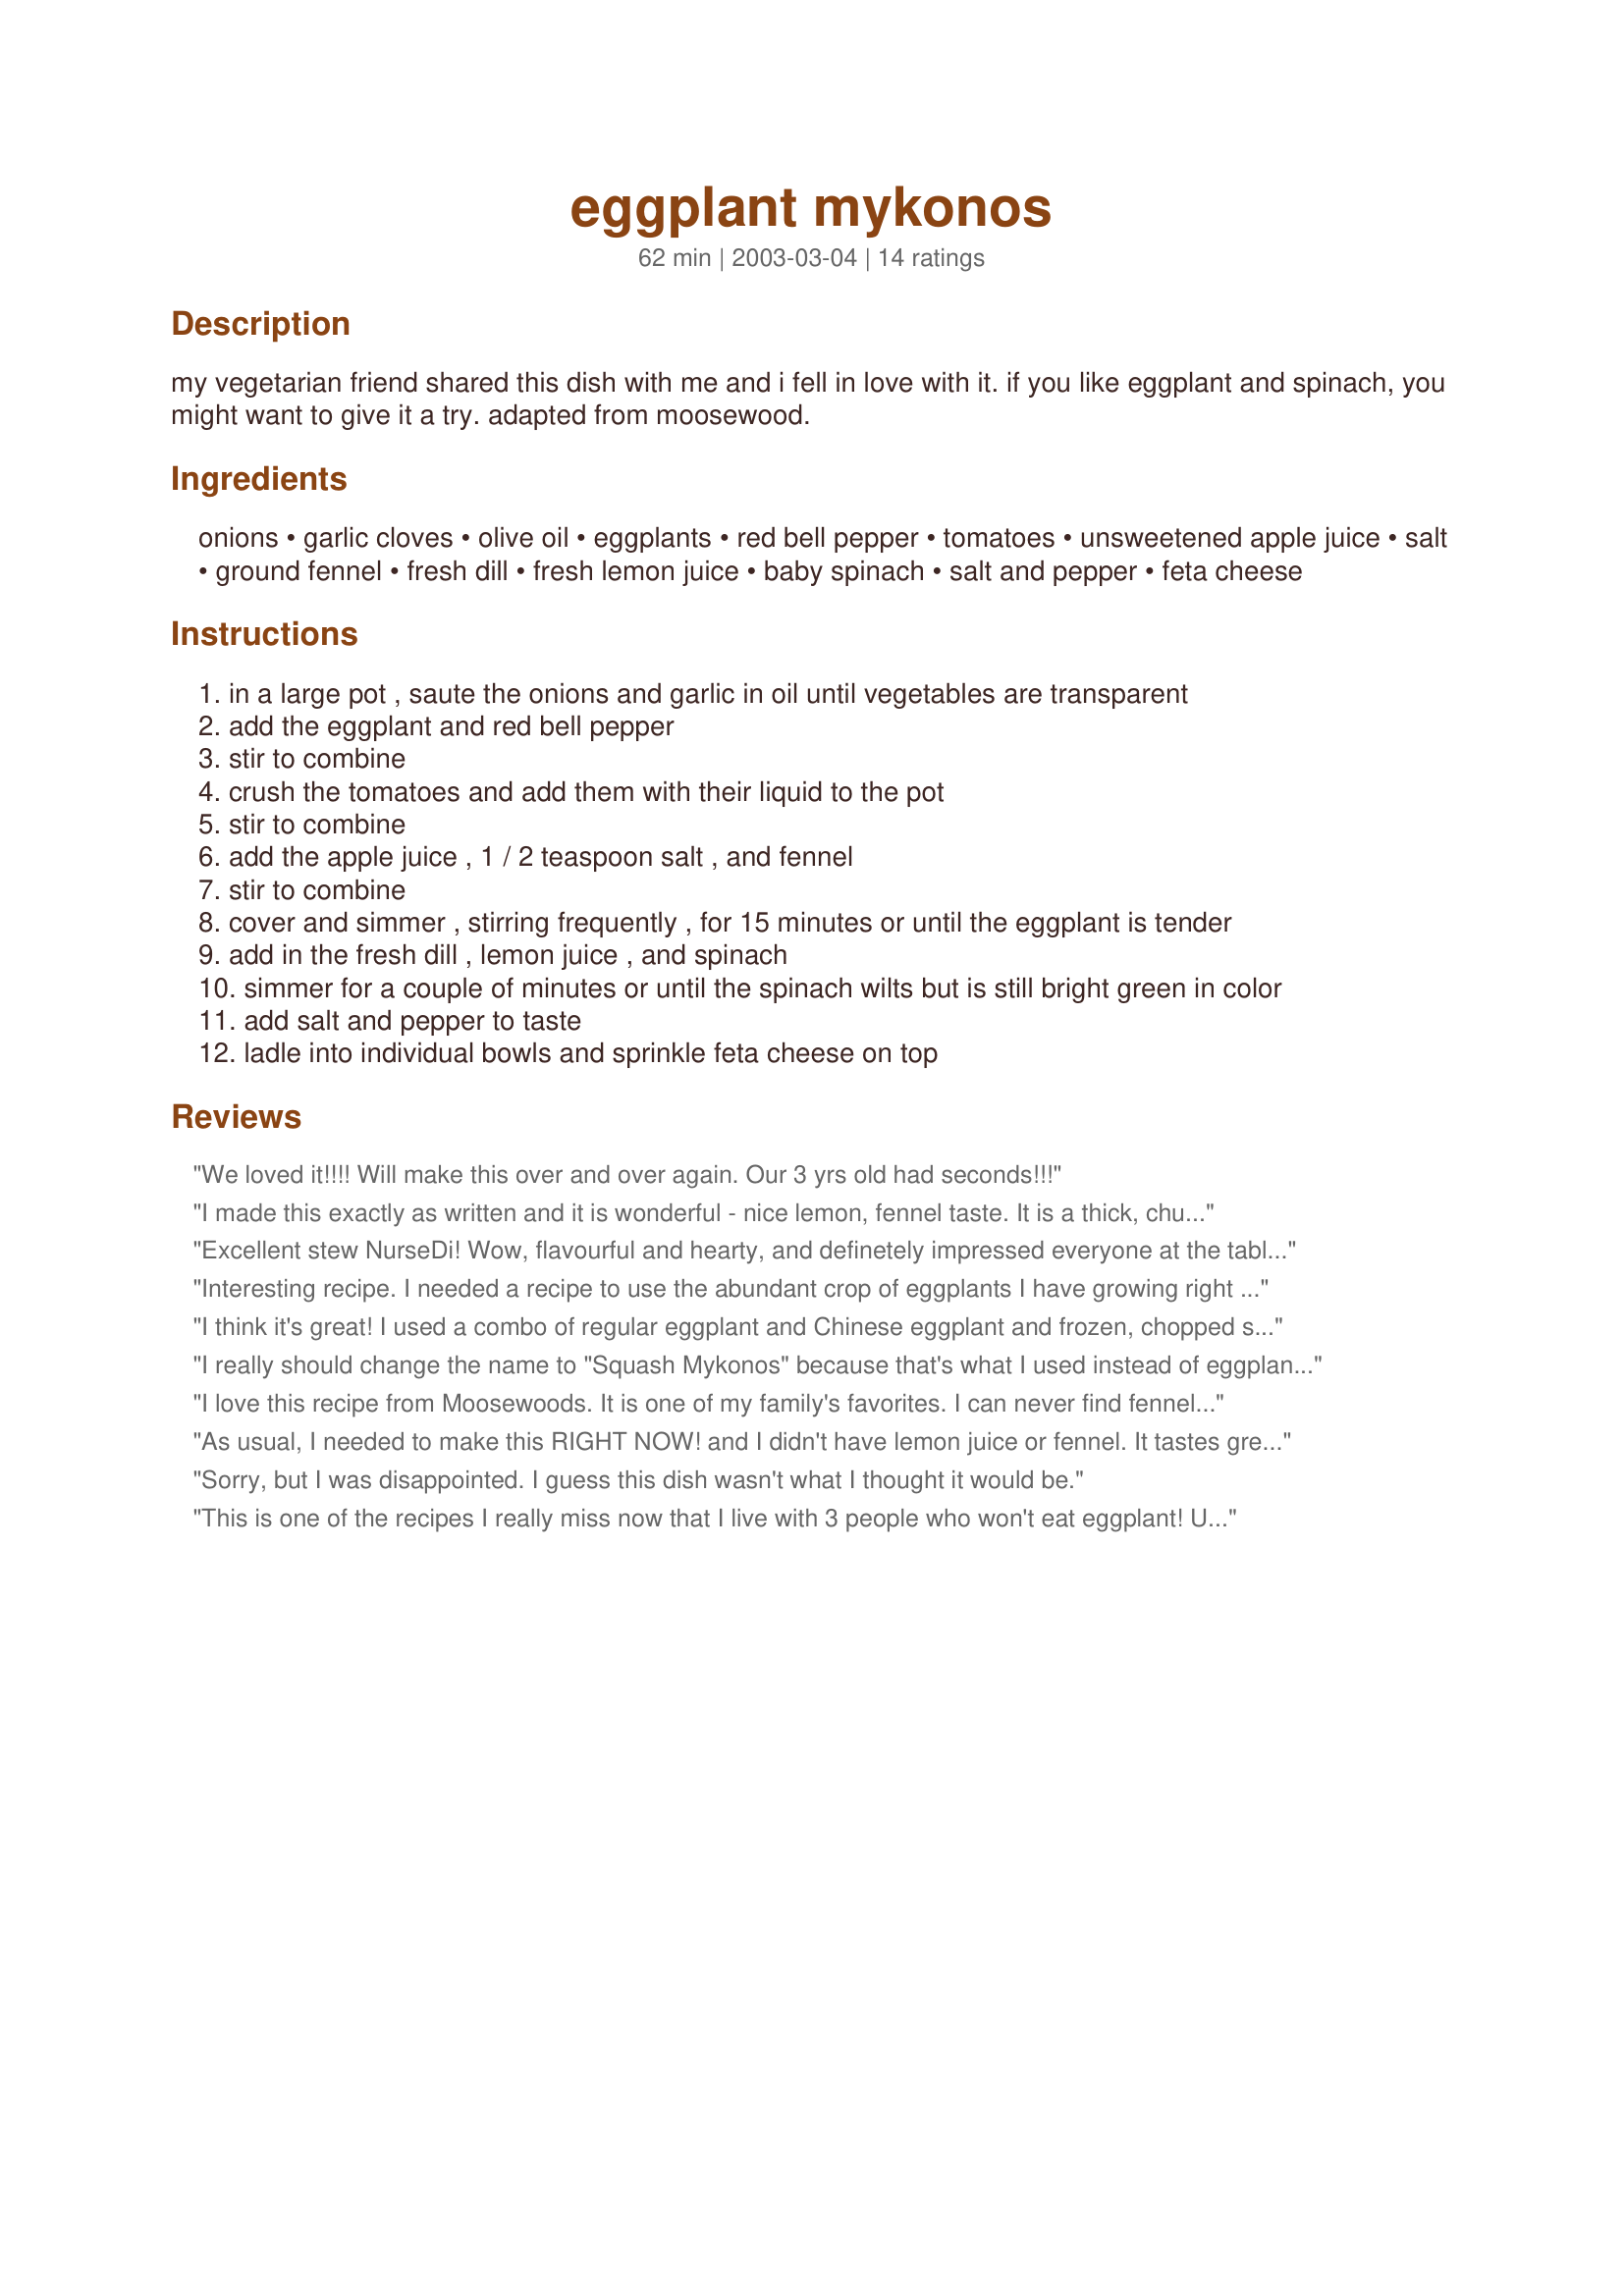
eggplant mykonos
Preparation time: 62 minutes

my vegetarian friend shared this dish with me and i fell in love with it. if you like eggplant and spinach, you might want to give it a try. adapted from moosewood.

Ingredients:
onions, garlic cloves, olive oil, eggplants, red bell pepper, tomatoes, unsweetened apple juice, salt, ground fennel, fresh dill, fresh lemon juice, baby spinach, salt and pepper, feta cheese

Steps:
in a large pot , saute the onions and garlic in oil until vegetables are transparent
add the eggplant and red bell pepper
stir to combine
crush the tomatoes and add them with their liquid to the pot
stir to combine
add the apple juice , 1 / 2 teaspoon salt , and fennel
stir to combine
cover and simmer , stirring frequently , for 15 minutes or until the eggplant is tender
add in the fresh dill , lemon juice , and spinach
simmer for a couple of minutes or until the spinach wilts but is still bright green in color
add salt and pepper to taste
ladle into individual bowls and sprinkle feta cheese on top

Reviews:
We loved it!!!!
Will make this over and over again. Our 3 yrs old had seconds!!!
I made this exactly as written and it is wonderful - nice lemon, fennel taste. It is a thick, chunky stew. It looks like there isn't much liquid but the recipe works out just fine. I take it to work for lunch. Very filling and healthy.
Excellent stew NurseDi! Wow, flavourful and hearty, and definetely impressed everyone at the table. I added more stock during the cooking process, mainly becuase the eggplant soaked up all the juices and the peppers were still crispy. Some guests didn't like the addition of Feta (perhaps I had already seasoned enough). If I hadn't added more stock, this would be thick and flavour enough to serve as stew. mmmm....I think this would be scrumptious meal on its own with biscuits on the side. I am so glad I tried this!
Interesting recipe. I needed a recipe to use the abundant crop of eggplants I have growing right now. I happen to love eggplant but my husband doesn't. Surprise! He actually ate this stew. He said it's not his favorite, but he would eat it again. Anyway I made some changes to the recipe. First I used 28 oz of home grown cherry tomatoes instead of canned and added an extra 1/2 cup of apple juice because the soup was getting a bit too thick after adding the spinach. I wasn't sure I would like the sour taste of the lemon juice coming through, but it grew on me quite quickly, and now I think it is perfect for this recipe. I also eliminated the fennel because I hate fennel. I think the one thing I would do next time I make this, is completely eliminate the dill. It really seemed out of place and didn't blend with the other flavors, even after having had a change to meld with all the ingredients after a day. Other than that, I will try this recipe again and see how not including the dill will help. Also maybe using larger tomatoes next time instead of cherry tomatoes.
I think it's great! I used a combo of regular eggplant and Chinese eggplant and frozen, chopped spinach. It is colorful and tasty! Thanks.
I really should change the name to "Squash Mykonos" because that's what I used instead of eggplant. I was searching for an eggplant recipe and thought this looked delicious. I didn't have enough eggplant so I substituted yellow squash. Everything else was the same and, man, was it delicious! So thanks for the recipe even with the changes!
I love this recipe from Moosewoods. It is one of my family's favorites. I can never find fennel, so I just omit it. It still tastes good.
As usual, I needed to make this RIGHT NOW! and I didn't have lemon juice or fennel. It tastes great without those ingredients, even Picky Miss 7 ate it! I need to go out and buy more eggplants, and some lemon juice and fennel and make it again.

We ate it with couscous - It gets a 10/10 from me!
Sorry, but I was disappointed. I guess this dish wasn't what I thought it would be.
This is one of the recipes I really miss now that I live with 3 people who won't eat eggplant! Used to make this with regularity.
This was a nice change from the regular eggplant recipes out there. I didnt have ground fennel, so I chopped some dried - the flavor didnt come through as strong as it could have. I also used lemon juice concentrate and frozen chopped spinach. We had it over brown rice. Hearty meal - loved it with the feta cheese.
A co-worker gave me a sack full of eggplant so I rushed home to find something wonderful to make with it. This was my choice and it turned out very well. It is a very thick and hearty stew. I personally loved the flavors of fennel and dill together. I didn't have any feta in the house so left it off. I am sure it would only make it better. Thanks for sharing this recipe.
Excellent, refreshing dish! Reminds me of a dish from Georgia (Country) called Ajapsandali. I fried the eggplant separately and added it in after peppers were cooked. I also added some potatoes and scallions.
WOW, this made an awesome meal. I agree with the other reviewers in that this makes a very thick stew-like consistency. I added a little more tomato juice. The fennel and dill were an dynamic taste combination and something I would have never tried together. I served in bowls over rice. Hearty and deeeelicious. Thanks Nurse Di.
